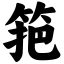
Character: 筢